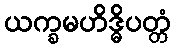
ယက္ခမဟိဒ္ဓိပတ္တံ